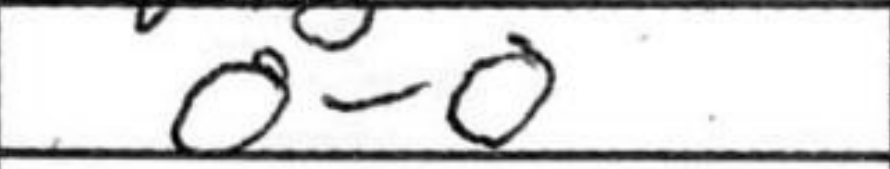
Transcription: O-O